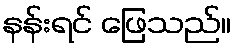
နန်းရင် ဖြေသည်။